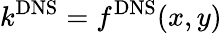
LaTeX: k^{\mathrm{DNS}}=f^{\mathrm{DNS}}(x,y)